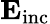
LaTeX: \mathbf{E}_{\mathrm{{inc}}}